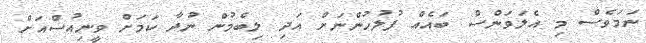
ނަމަވެސް މި އެލަވަންސް ބައެއް ފުލުހުންނަށް އަދި ލިބެމުން ނުދާ ކަމަށް ވީނިއުސްއަށް